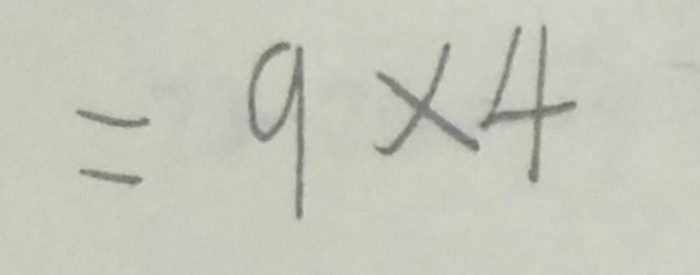
= 9 \times 4